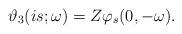
LaTeX: \begin{align*}\vartheta_3(i s; \omega) = Z\varphi_s(0,-\omega).\end{align*}